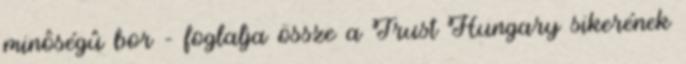
minôségû bor – foglalja össze a Trust Hungary sikerének